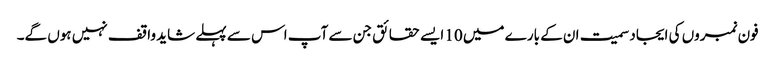
فون نمبروں کی ایجاد سمیت ان کے بارے میں 10 ایسے حقائق جن سے آپ اس سے پہلے شاید واقف نہیں ہوں گے۔